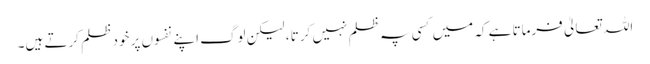
اللہ تعالیٰ فرماتا ہے کہ میں کسی پہ ظلم نہیں کرتا ، لیکن لوگ اپنے نفسوں پر خود ظلم کرتے ہیں۔